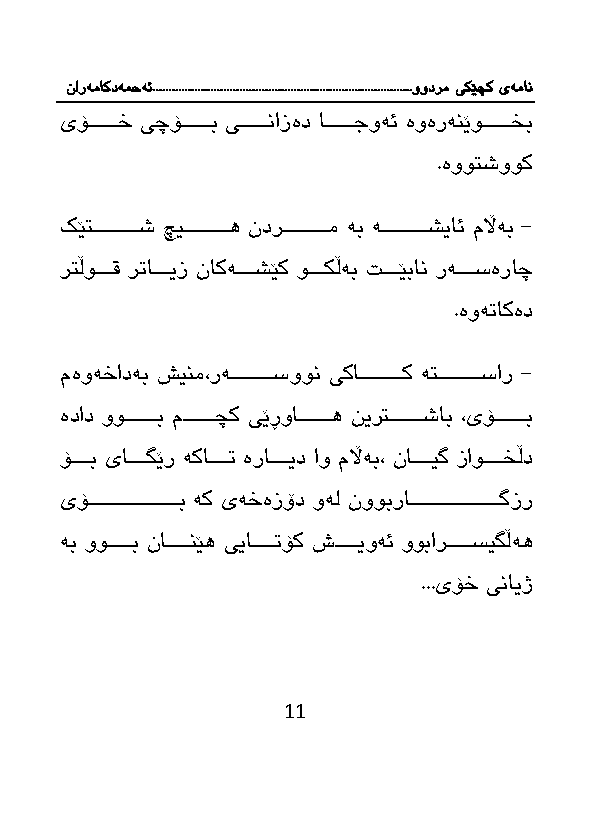
نارەماکدەمحە ئ.................................................................................وودرم یکێچک یەمان
 یۆااااااااخ یچۆااااااااب یاااااااانازەد اااااااااجوەئ ەوەرەنێوااااااااخب
 .ەووتشووك
 كێتااااااااااااش چیااااااااااااه ندراااااااااااام ەب ەااااااااااااشیائ مڵاەب -
 رتڵواااااق ر اااااایز ناكەاااااشێك واااااكڵەب اااااێبان رەاااااسەراچ
 .ەوە اكەد
 مەوەخادەب شینم،رەااااااااااااسوون یكاااااااااااااك ەتااااااااااااسار -
 ەداد وواااااااااب ماااااااااچك یێڕوااااااااااه نیرتاااااااااشاب ،یۆاااااااااب
 ۆاااااب یااااااگێر ەكاااااا ەرااااااید او مڵاەب، ناااااایگ زاواااااخڵد
 یۆااااااااااااااااااااااااب ەك یەخەزۆد وەل نووبراااااااااااااااااااااااااگزر
 ەب وواااااااب ناااااااانێه ییاااااااا ۆك شااااااایوەئ ووباراااااااسیگڵەه
 ...یۆخ ینایژ
 11